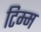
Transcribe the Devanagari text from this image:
टिम्म